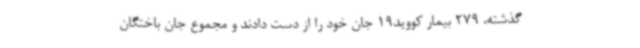
گذشته، 279 بیمار کووید19 جان خود را از دست دادند و مجموع جان باختگان